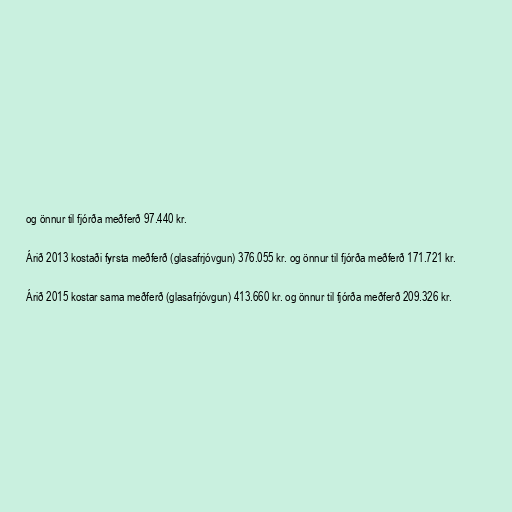
og önnur til fjórða meðferð 97.440 kr.

Árið 2013 kostaði fyrsta meðferð (glasafrjóvgun) 376.055 kr. og önnur til fjórða meðferð 171.721 kr.

Árið 2015 kostar sama meðferð (glasafrjóvgun) 413.660 kr. og önnur til fjórða meðferð 209.326 kr.